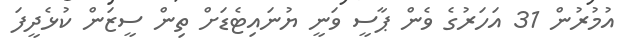
އުމުރުން 31 އަހަރުގެ ވެން ޕާސީ ވަނީ ޔުނައިޓެޑަށް ތިން ސީޒަން ކުޅެދީފަ